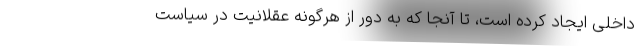
داخلی ایجاد کرده است، تا آنجا که به دور از هرگونه عقلانیت در سیاست